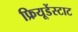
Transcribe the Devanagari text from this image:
फ्रियूडेंस्टाट